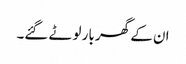
ان کے گھر بار لوٹے گئے۔